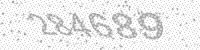
Solution: 284689